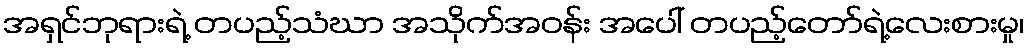
အရှင်ဘုရားရဲ့ တပည့်သံဃာ အသိုက်အဝန်း အပေါ် တပည့်တော်ရဲ့လေးစားမှု၊